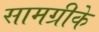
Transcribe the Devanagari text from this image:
सामग्रीके